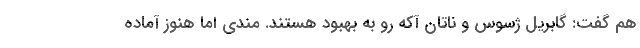
هم گفت: گابریل ژسوس و ناتان آکه رو به بهبود هستند. مندی اما هنوز آماده